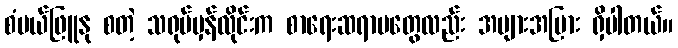
စံပယ်ဖြူနု စတဲ့ သရုပ်မှန်လိုင်းက စာရေးဆရာမတွေလည်း အများအပြား ရှိပါတယ်။